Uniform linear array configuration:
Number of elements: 48
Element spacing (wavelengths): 0.5
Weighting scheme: binomial
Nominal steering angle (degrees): -45
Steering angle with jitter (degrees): -44.709
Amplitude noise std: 0.05
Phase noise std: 0.05

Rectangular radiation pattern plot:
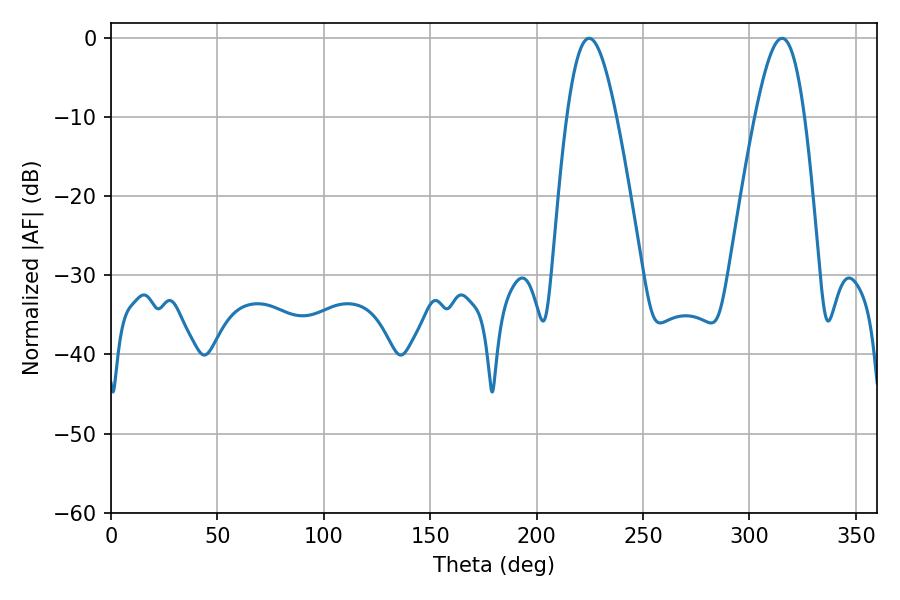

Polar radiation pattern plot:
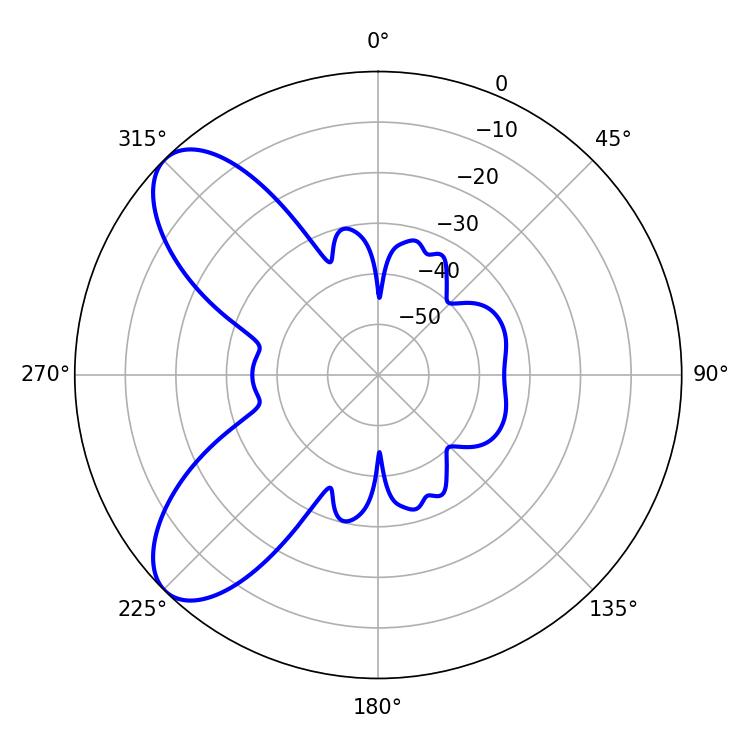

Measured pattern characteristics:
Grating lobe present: FALSE
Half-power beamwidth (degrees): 12.6
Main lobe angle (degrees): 224.64